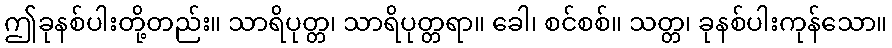
ဤခုနစ်ပါးတို့တည်း။ သာရိပုတ္တ၊ သာရိပုတ္တရာ။ ခေါ၊ စင်စစ်။ သတ္တ၊ ခုနစ်ပါးကုန်သော။